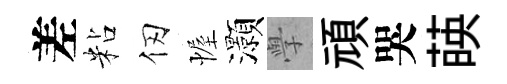
差粘仞幄灝𭓕頑哭𦴤